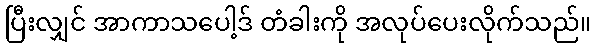
ပြီးလျှင် အာကာသပေါ့ဒ် တံခါးကို အလုပ်ပေးလိုက်သည်။